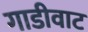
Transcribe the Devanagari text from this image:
गाडीवाट